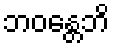
ဘဝန္တေဘိ